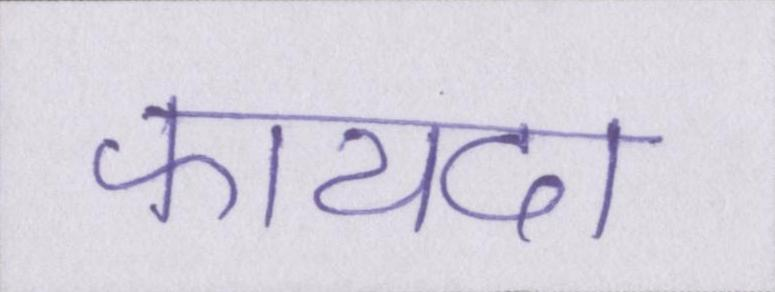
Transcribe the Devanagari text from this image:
फायदा